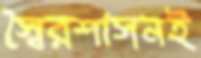
স্বৈরশাসনই